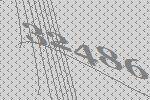
32486